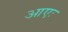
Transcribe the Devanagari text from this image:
आएः